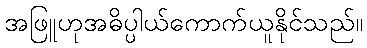
အဖြူဟုအဓိပ္ပါယ်ကောက်ယူနိုင်သည်။